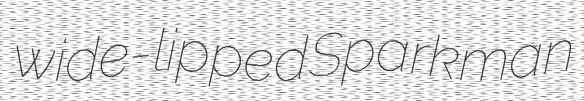
wide-lipped Sparkman